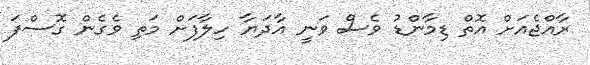
ރާއްޖެއަށް އޮތް ޑިމާންޑު ވެސް ވަނީ އާދަޔާ ހިލާފަށް މަތި ވެގެން ގޮސްފަ